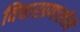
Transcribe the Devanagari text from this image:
विचारप्रणालीने